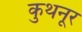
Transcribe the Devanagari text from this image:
कुथनूर